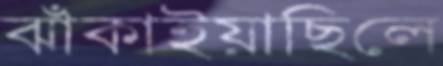
ঝাঁকাইয়াছিলে